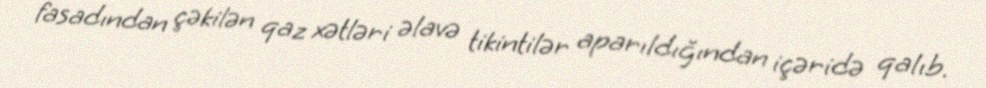
fasadından çəkilən qaz xətləri əlavə tikintilər aparıldığından içəridə qalıb.